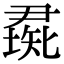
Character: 𥏰